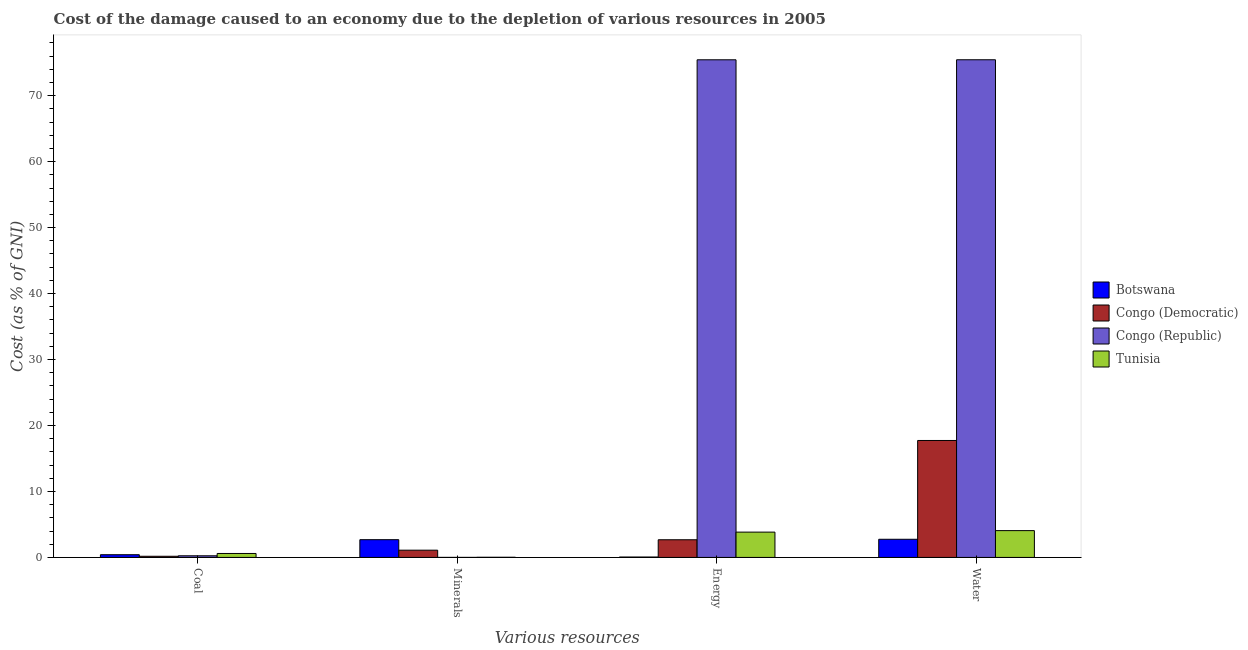
| Various resources | Botswana | Congo (Democratic) | Congo (Republic) | Tunisia |
 | --- | --- | --- | --- | --- |
 | Coal | 0.411 | 0.176 | 0.249 | 0.6 |
 | Minerals | 2.69 | 1.1 | 0.00473 | 0.0227 |
 | Energy | 0.0608 | 2.68 | 75.4 | 3.84 |
 | Water | 2.75 | 17.7 | 75.4 | 4.06 |